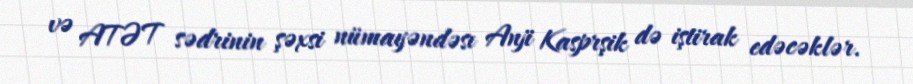
və ATƏT sədrinin şəxsi nümayəndəsı Anji Kasprşik də iştirak edəcəklər.